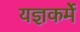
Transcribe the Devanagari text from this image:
यज्ञकर्मे